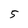
Character: 5